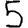
Digit: 5